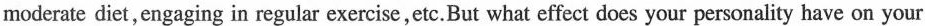
moderate diet,engaging in regular exercise,etc.But what effect does your personality have on your